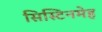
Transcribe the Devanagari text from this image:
सिस्टिनमेह